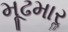
મૂઢમારૢ